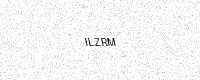
Text: ILZRM